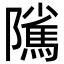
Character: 隲